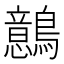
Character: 鷾